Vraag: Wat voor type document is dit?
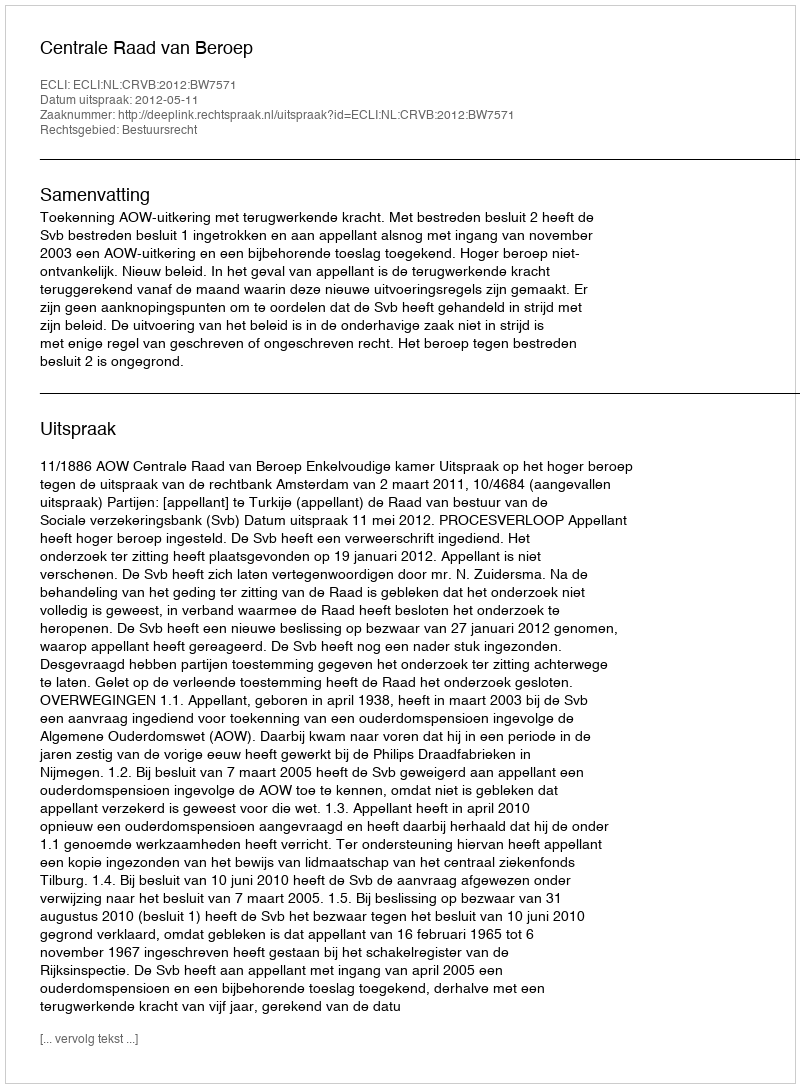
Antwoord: Uitspraak